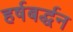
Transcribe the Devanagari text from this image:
हर्षबर्द्धन